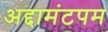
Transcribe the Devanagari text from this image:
अद्दामंटपम